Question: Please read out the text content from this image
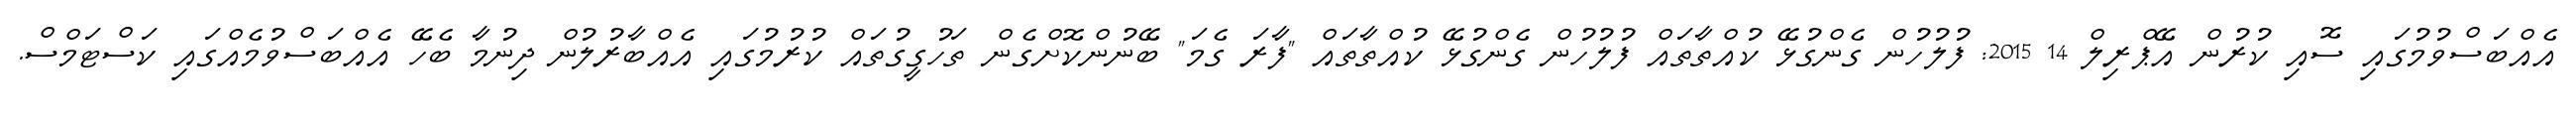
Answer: އެއްބަސްވުމުގައި ސޮއި ކުރުން އޭޕްރިލް 14 2015: ފުލުހުން ގެންގުޅޭ ކުއްތާތައް ފުލުހުން ގެންގުޅޭ ކުއްތާތައް "ފާރަ ގެމަ" ބޭނުންކޮށްގެން ތަހުގީގުތައް ކުރުމުގައި އެއްބާރުލުން ދިނުމާ ބެހޭ އެއްބަސްވުމެއްގައި ކަސްޓަމްސް.